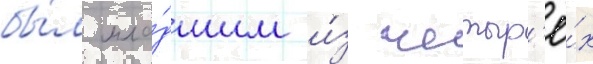
бы́л мла́дшим и́з четыр'ё́х